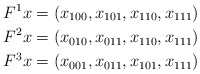
\begin{align*}F^1x &= (x_{100},x_{101},x_{110},x_{111}) \\F^2x &= (x_{010},x_{011},x_{110},x_{111}) \\F^3x &= (x_{001},x_{011},x_{101},x_{111})\end{align*}